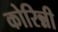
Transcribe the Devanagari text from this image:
कोरिन्नी